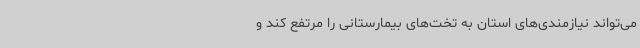
می‌تواند نیازمندی‌های استان به تخت‌های بیمارستانی را مرتفع کند و